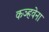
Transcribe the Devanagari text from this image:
कञ्हवेना